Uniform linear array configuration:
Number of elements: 32
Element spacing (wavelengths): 0.5
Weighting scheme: hamming
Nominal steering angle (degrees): -45
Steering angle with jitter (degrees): -45.527
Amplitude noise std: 0.05
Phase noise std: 0.05

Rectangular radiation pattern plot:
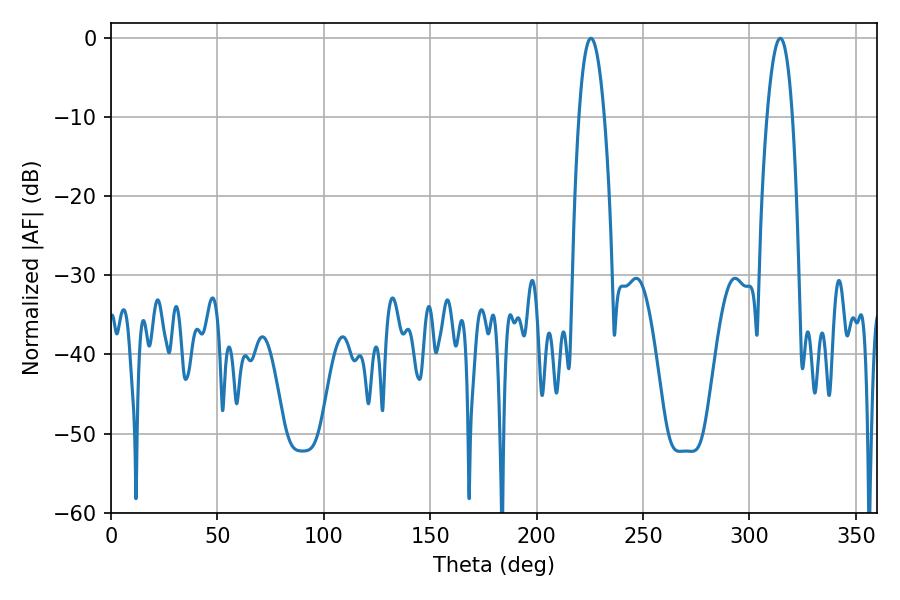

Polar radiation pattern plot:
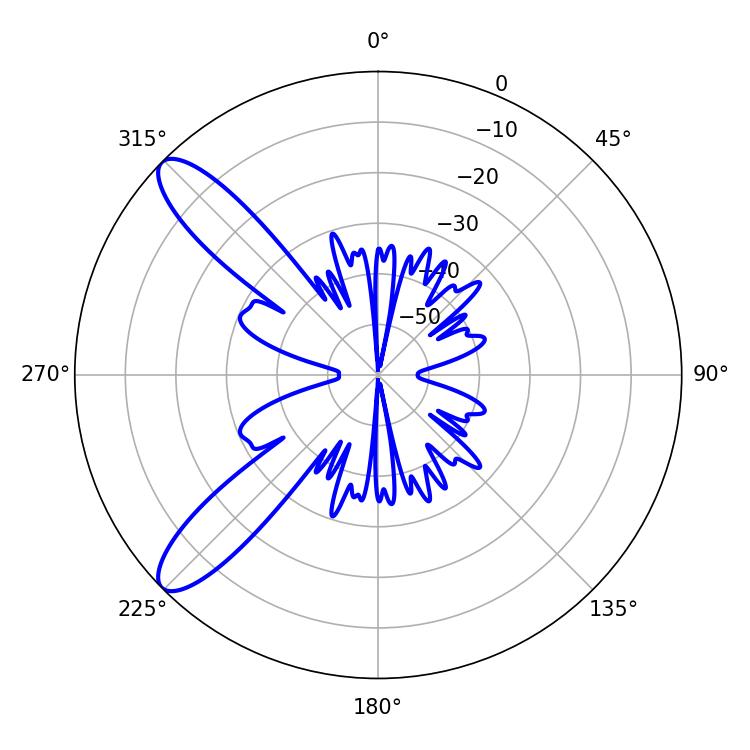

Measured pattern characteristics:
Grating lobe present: FALSE
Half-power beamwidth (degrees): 6.66
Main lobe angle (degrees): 225.54